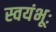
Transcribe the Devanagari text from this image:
स्वयंभूः